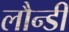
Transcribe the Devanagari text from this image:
लौन्डी